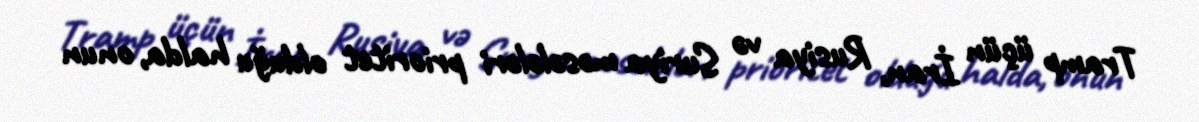
Tramp üçün İran, Rusiya və Suriya məsələləri prioritet olduğu halda, onun